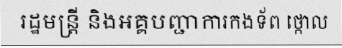
រដ្ឋមន្ត្រី និងអគ្គបញ្ជាការកងទ័ព ថ្កោល